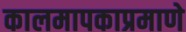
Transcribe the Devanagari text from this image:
कालमापकाप्रमाणे